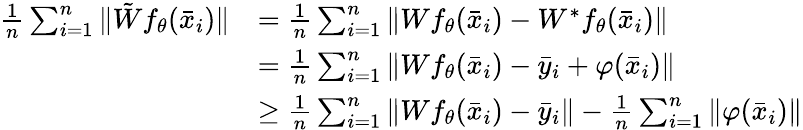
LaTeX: \begin{array}{rl}{\frac{1}{n}\sum_{i=1}^{n}\| {\tilde{W}}f_{\theta}({\bar{x}}_{i})\| }&{=\frac{1}{n}\sum_{i=1}^{n}\| Wf_{\theta}({\bar{x}}_{i})-W^{*}f_{\theta}({\bar{x}}_{i})\| }\\ &{=\frac{1}{n}\sum_{i=1}^{n}\| Wf_{\theta}({\bar{x}}_{i})-{\bar{y}}_{i}+\varphi({\bar{x}}_{i})\| }\\ &{\ge\frac{1}{n}\sum_{i=1}^{n}\| Wf_{\theta}({\bar{x}}_{i})-{\bar{y}}_{i}\| -\frac{1}{n}\sum_{i=1}^{n}\| \varphi({\bar{x}}_{i})\| }\end{array}